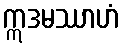
ဣဒမဿာဟံ